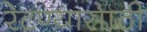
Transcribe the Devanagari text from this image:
रेटण्यासाठी